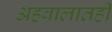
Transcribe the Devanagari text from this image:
अहवालातही